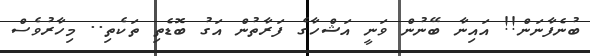
ބުނެފާނަން!! އައިނާ ބޭނުން ވަނީ އަޝްހާގެ ފަރާތުން އަގު ބޮޑެތި ތަކެތި.. މިހާރުވެސް